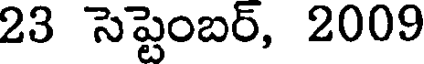
23 సెప్టెంబర్, 2009